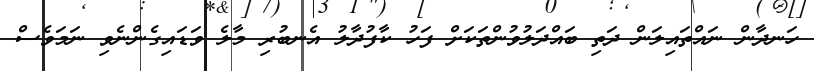
ހަނދާން ނައްތައިލަން ދަތި ބައްދަލުވުންތަކަށް ފަހު ކާފުދާލު އެނބުރި މާލެ ވަޑައިގެންނެވި ނަމަވެސް